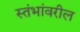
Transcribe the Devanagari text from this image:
स्तंभांवरील